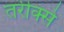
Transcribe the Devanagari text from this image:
तरीक्से